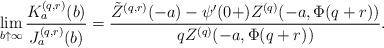
LaTeX: \begin{align*}\lim_{b\uparrow\infty}\frac{K_a^{(q,r)}(b)}{J_a^{(q,r)}(b)}&=\frac{\tilde{Z}^{(q,r)}(-a)- \psi'(0+) {Z^{(q)}(-a, \Phi(q+r))}}{qZ^{(q)}(-a,\Phi(q+r))}.\end{align*}